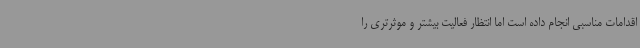
اقدامات مناسبی انجام داده است اما انتظار فعالیت بیشتر و موثرتری را